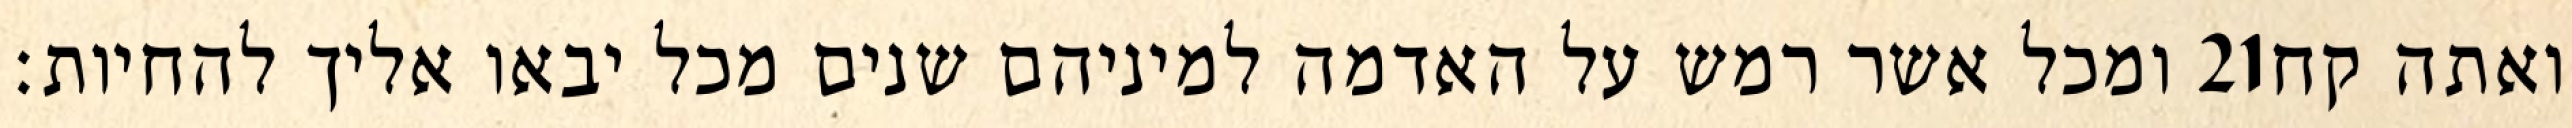
ומכל אשר רמש על האדמה למיניהם שנים מכל יבאו אליך להחיות׃ ‎21‏ ואתה קח